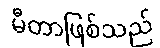
မီတာဖြစ်သည်